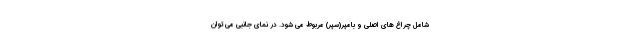
شامل چراغ های اصلی و بامپر(سپر) مربوط می شود. در نمای جانبی می توان